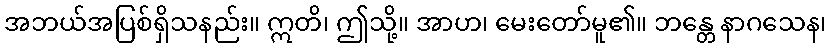
အဘယ်အပြစ်ရှိသနည်း။ ဣတိ၊ ဤသို့။ အာဟ၊ မေးတော်မူ၏။ ဘန္တေ နာဂသေန၊